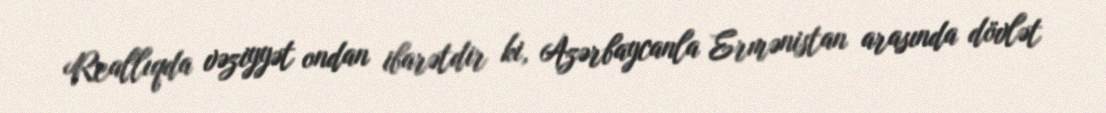
Reallıqda vəziyyət ondan ibarətdir ki, Azərbaycanla Ermənistan arasında dövlət